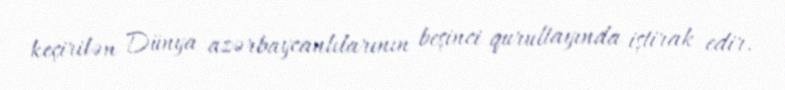
keçirilən Dünya azərbaycanlılarının beşinci qurultayında iştirak edir.